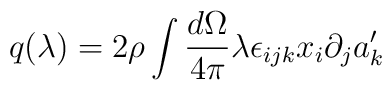
q(\lambda) = 2\rho \int  \frac{d \Omega}{4 \pi} \lambda \epsilon_{ijk} x_i \partial_j a'_k